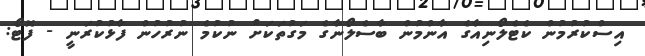
އިސްކުރުމުން ކެޓެލޯނިއާގެ އާންމުން ބާސެލޯނާގެ މަގުތަކަށް ނުކުމެ ނުރުހުން ފާޅުކުރަނީ - ފޮޓޯ: